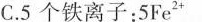
C.5个铁离子：5Fe^{2+}